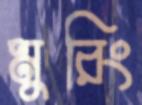
মুরিং